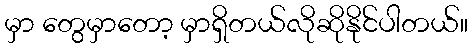
မှာ တွေမှာတော့ မှာရှိတယ်လိုဆိုနိုင်ပါတယ်။